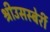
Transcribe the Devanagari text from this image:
श्रीउसस्बेर्री